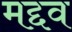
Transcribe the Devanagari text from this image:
मद्दव